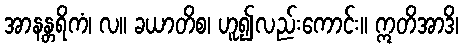
အာနန္တရိကံ၊ လ။ ခယာတိစ၊ ဟူ၍လည်းကောင်း။ ဣတိအာဒိ၊